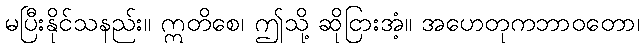
မပြီးနိုင်သနည်း။ ဣတိစေ၊ ဤသို့ ဆိုငြားအံ့။ အဟေတုကဘာဝတော၊